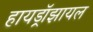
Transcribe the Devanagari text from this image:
हायड्रॉझायल